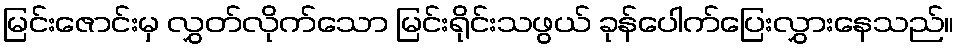
မြင်းဇောင်းမှ လွှတ်လိုက်သော မြင်းရိုင်းသဖွယ် ခုန်ပေါက်ပြေးလွှားနေသည်။